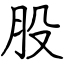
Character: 股